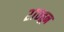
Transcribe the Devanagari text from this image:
२७०हून